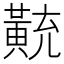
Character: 𪎽